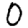
Digit: 0